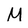
Character: M